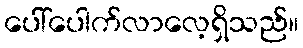
ပေါ်ပေါက်လာလေ့ရှိသည်။